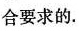
合要求的。